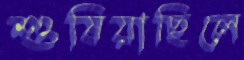
শুষিয়াছিলে